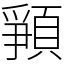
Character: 𩓞